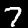
Digit: 7